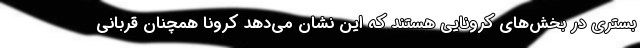
بستری در بخش‌های کرونایی هستند که این نشان می‌دهد کرونا همچنان قربانی